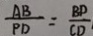
\frac { A B } { P D } = \frac { B D } { C D }